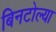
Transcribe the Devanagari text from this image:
बिनटोल्या